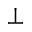
\perp